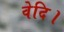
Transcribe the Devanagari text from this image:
वेदि।